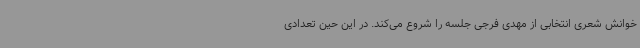
خوانش شعری انتخابی از مهدی فرجی جلسه را شروع می‌کند. در این حین تعدادی